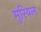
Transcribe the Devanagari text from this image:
मुरियल